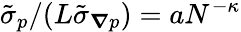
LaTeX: \tilde{\sigma}_{p}/(L\tilde{\sigma}_{\boldsymbol{\nabla}p})=aN^{-\kappa}